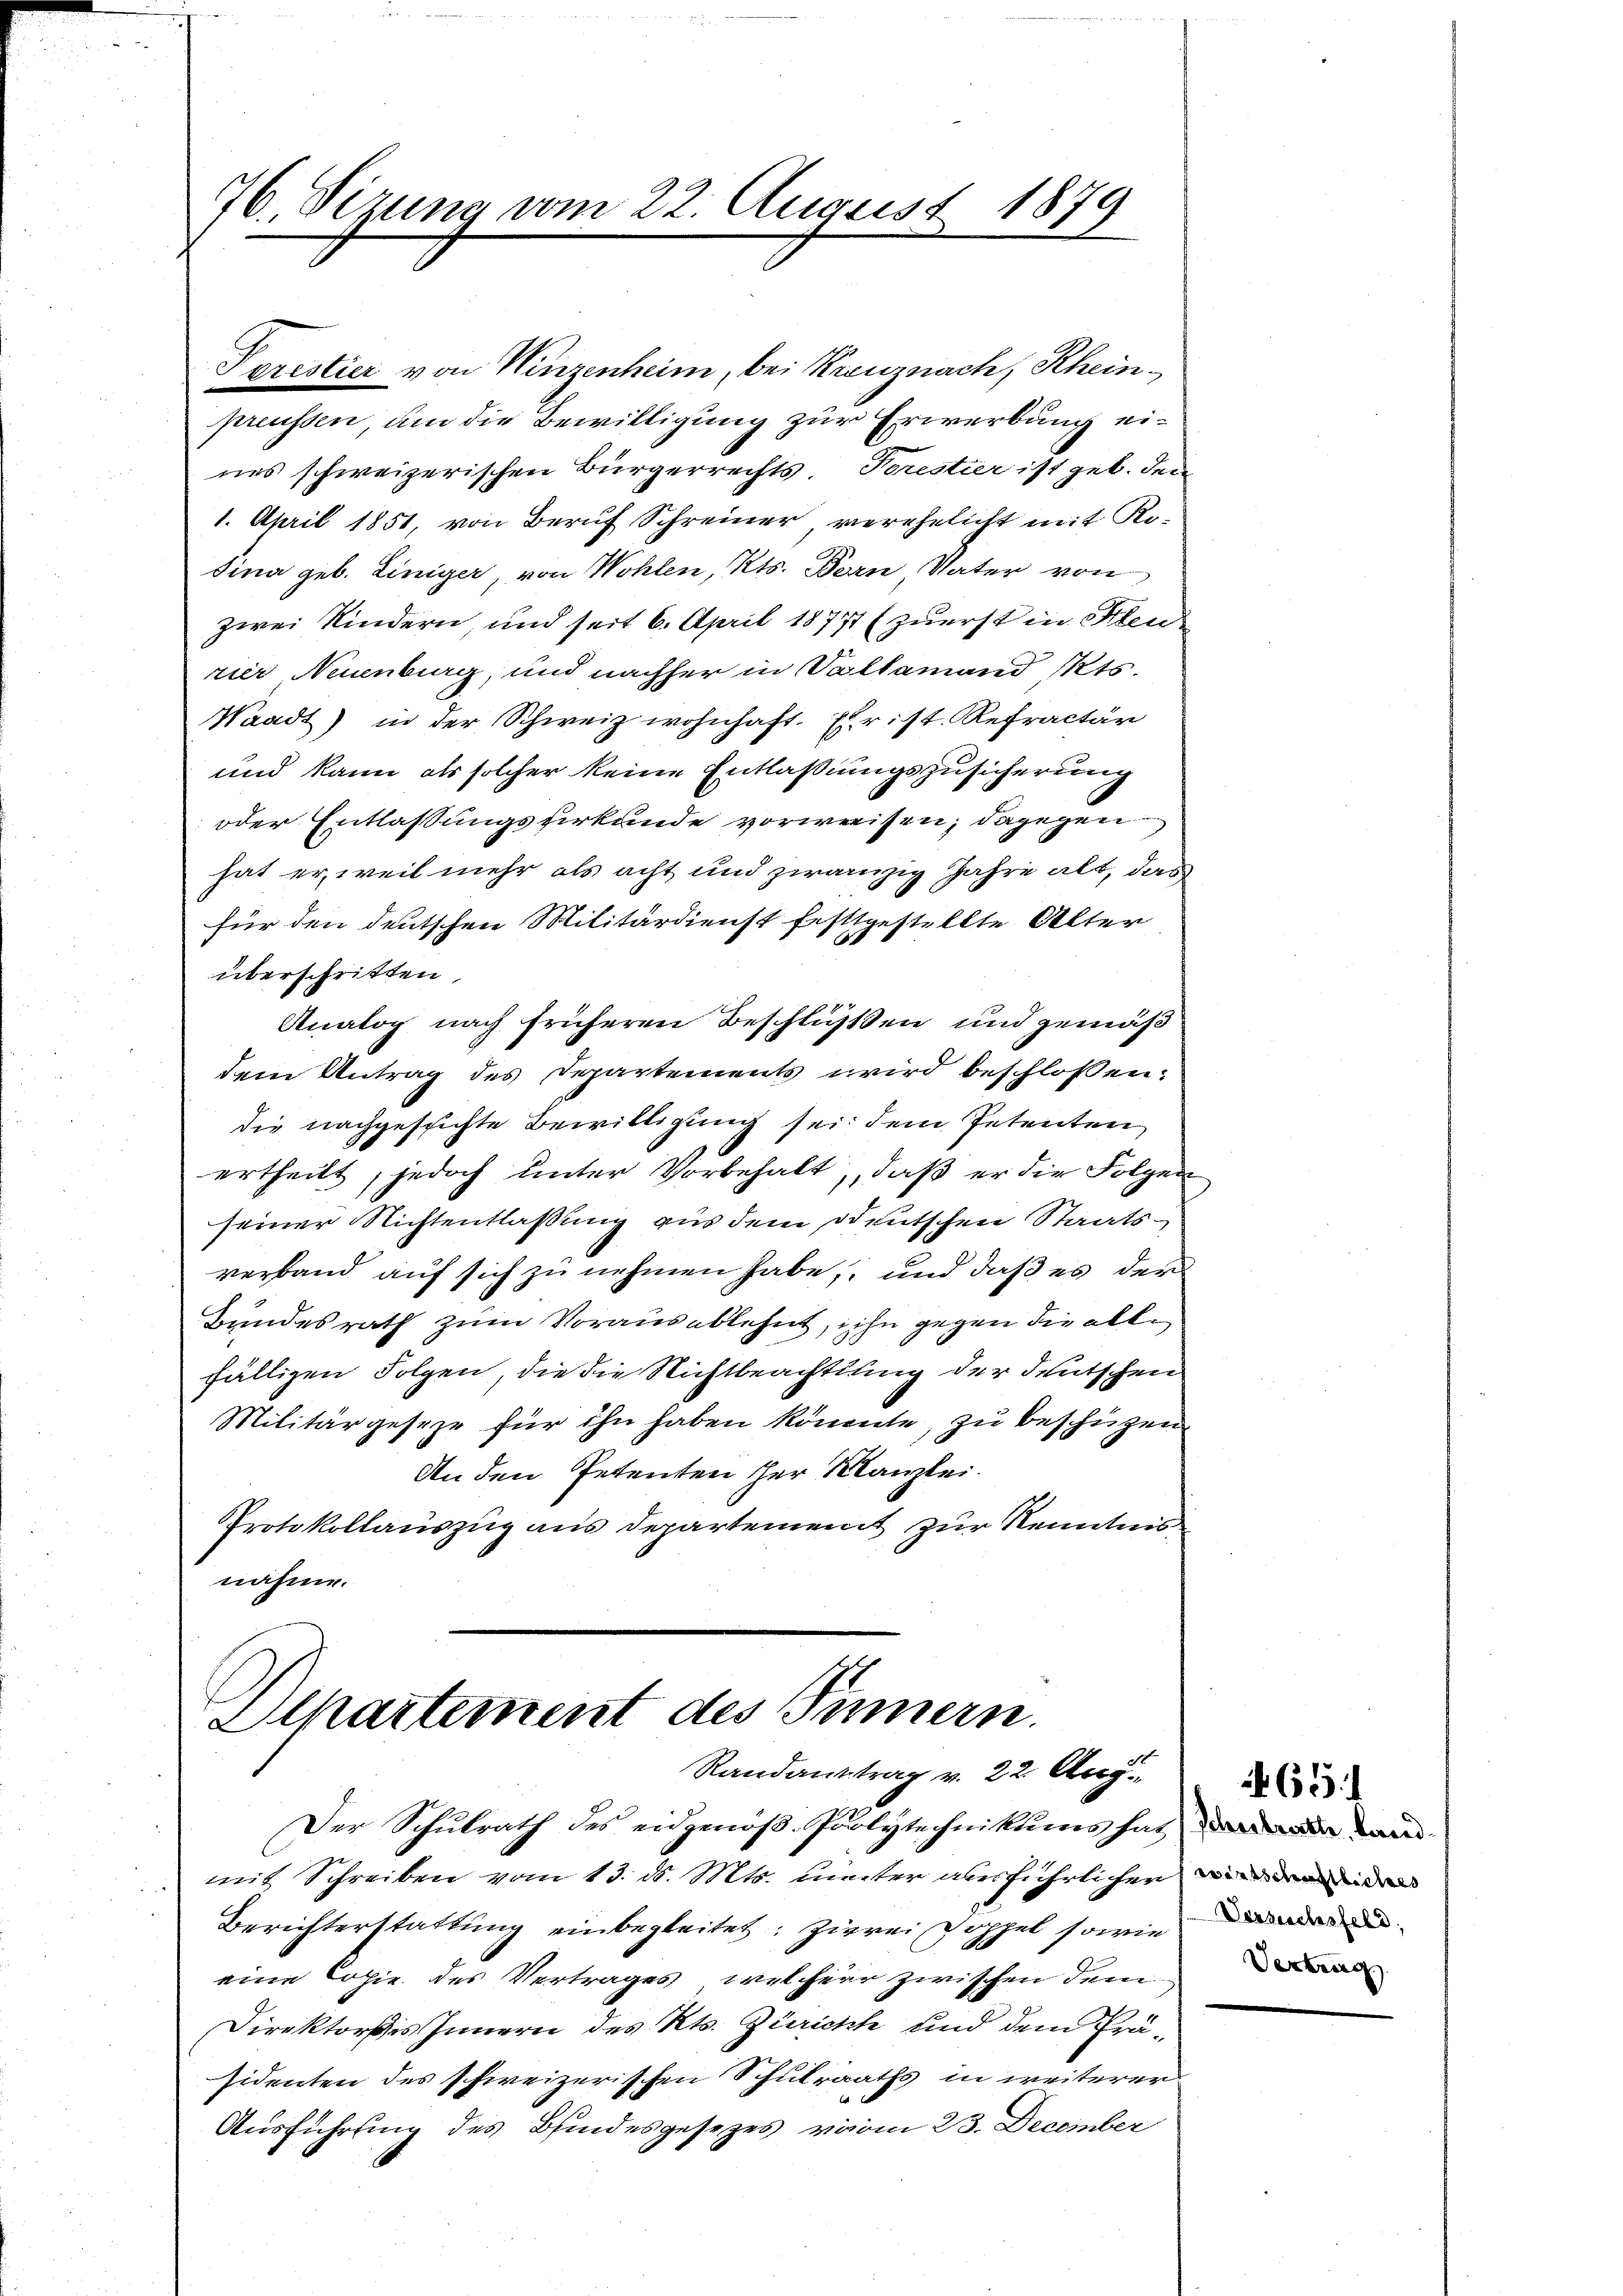
76. Sizung vom 22. August 1879

Sorestier von Winzenheim, bei Kreuznach, Rheinpreussen, um die Bewilligung zur Erwerbung eines schweizerischen Bürgerrechts Porestier ist geb. den
1. April 1851, von Beruf Schreiner verehelicht mit Ko-
dina geb. Einiger, von Wohlen, Kts. Bern, Vater von
zwei Kindern, und seit 6. April 18771 (zuerst in Stern
rier Neuenburg, und nachher in Vallemand Mts.
Waadt) in der Schweiz wohnhaft. Ehrist. Refractär
und kann als solcher keine Entlaßungszusicherung
oder Entlassungshirkunde vorweisen, dagegen
hat er, weil mehr als acht und zwanzig Jahre alt, das
für den deutschen Militärdienst festgestellte Alter
überschritten,
Analog nach früheren Beschlüßen und gemäß
dem Antrag des Departements wird beschlossen:
die nachgesichte Bewilligung sei dem Petenten
ertheilt, jedoch unter Vorbehalt, daß er die Folgen
seiner Nichtentlassung aus dem deutschen Staatsverband auf sich zu nehmen habe, und daß es der
Bundesrath zum Vorausablehnt, ihn gegen die allfälligen Folgen, die die Nichtbeachtung der deutschen
Militärgeseze für ihn haben könnte, zu beschützen
An den Petenten her Kanzlei.
Protokollauszug aus Departement zur Kenntnis
nahme.

Olpartement des Sinnern.
Randantrag v. 22 Aug.

Der Schulrath des eidgenöß- Polytechnikums hat der an
mit Schreiben vom 13. ds. Mts. unter ausführlichen
Berichterstattung einbegleitet: Zwei Doppel sowie da
eine Copie des Vertrages, welcher zwischen dem
Direktores Innern des Kts. Zürichte und dem Präsidenten des schweizerischen Schulraths in weiterer
Ausführung des Bindesgesezes vom 23. December

65